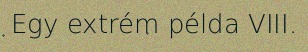
Egy extrém példa VIII.